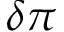
\delta \pi